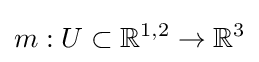
m:U\subset {\mathbb {R} }^{1,2}\rightarrow {\mathbb {R} }^{3}